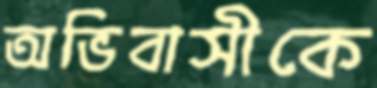
অভিবাসীকে